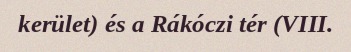
kerület) és a Rákóczi tér (VIII.